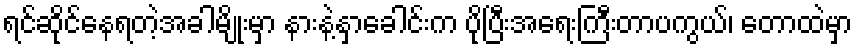
ရင်ဆိုင်နေရတဲ့အခါမျိုးမှာ နားနဲ့နှာခေါင်းက ပိုပြီးအရေးကြီးတာပကွယ်၊ တောထဲမှာ